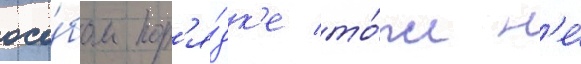
осо́бом пор'я́дк'е то́же н'е́